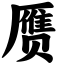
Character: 赝